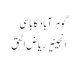
گوہر آباد کا باسی
انجینیر ریاض الحق